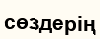
сөздерің